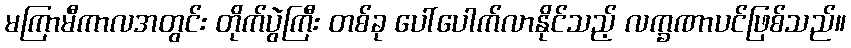
မကြာမီကာလအတွင်း တိုက်ပွဲကြီး တစ်ခု ပေါ်ပေါက်လာနိုင်သည့် လက္ခဏာပင်ဖြစ်သည်။